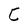
Character: C